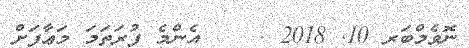
ނޮވެމްބަރ 10